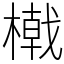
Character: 橶